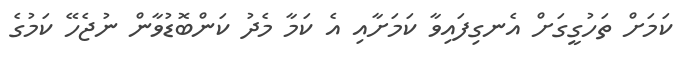
ކަމަށް ތަހުގީގަށް އެނގިފައިވާ ކަމަށާއި އެ ކަމާ މެދު ކަންބޮޑުވާން ނުޖެހޭ ކަމުގެ